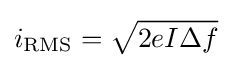
i_{\rm {RMS}}={\sqrt {2eI\Delta f}}